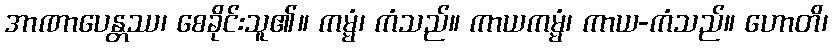
အာဏာပေန္တဿ၊ စေခိုင်းသူ၏။ ကမ္မံ၊ ကံသည်။ ကာယကမ္မံ၊ ကာယ-ကံသည်။ ဟောတိ၊